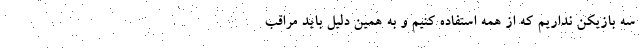
سه بازیکن نداریم که از همه استفاده کنیم و به همین دلیل باید مراقب